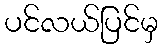
ပင်လယ်ပြင်မှ